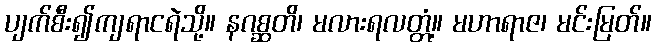
ပျက်စီး၍ကျရာငရဲသို့။ နဂစ္ဆတိ၊ မလားရလတ္တံ့။ မဟာရာဇ၊ မင်းမြတ်။